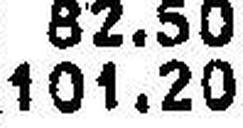
101.20